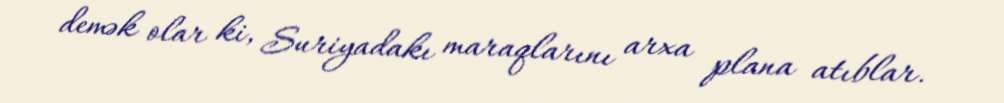
demək olar ki, Suriyadakı maraqlarını arxa plana atıblar.